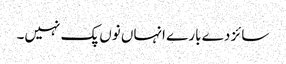
سائز دے بارے انہاں نوں پک نہیں۔